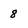
Character: 8